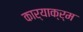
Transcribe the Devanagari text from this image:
कार्याक्र्म